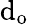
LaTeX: \mathrm{d}_{\mathrm{{o}}}